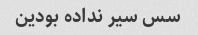
سس سیر نداده بودین